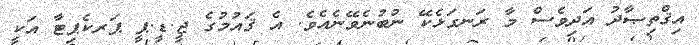
އިޤްތިޞާދު އަދިވެސް މާ ރަނގަޅެކޭ ނުބުނެވޭނެއެވެ. އެ ޤައުމުގެ ޖީ.ޑީ.ޕީ ޕަރކެޕިޓާ އަކީ